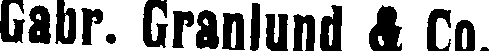
Gabr. Granlund & Co.